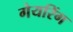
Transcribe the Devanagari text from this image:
गेयरिंग